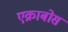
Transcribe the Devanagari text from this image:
एक्राबोस